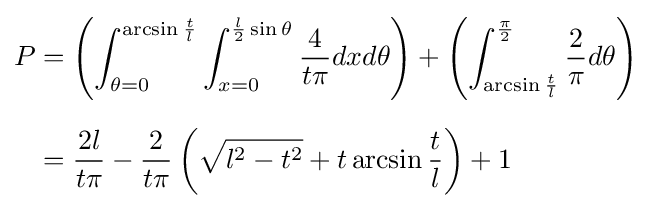
{\begin{aligned}P&=\left(\int _{\theta =0}^{\arcsin {\frac {t}{l}}}\int _{x=0}^{{\frac {l}{2}}\sin \theta }{\frac {4}{t\pi }}dxd{\theta }\right)+\left(\int _{\arcsin {\frac {t}{l}}}^{\frac {\pi }{2}}{\frac {2}{\pi }}d{\theta }\right)\\[6px]&={\frac {2l}{t\pi }}-{\frac {2}{t\pi }}\left({\sqrt {l^{2}-t^{2}}}+t\arcsin {\frac {t}{l}}\right)+1\end{aligned}}